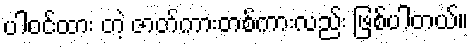
ပါဝင်ထား တဲ့ ဇာတ်ကားတစ်ကားလည်း ဖြစ်ပါတယ်။